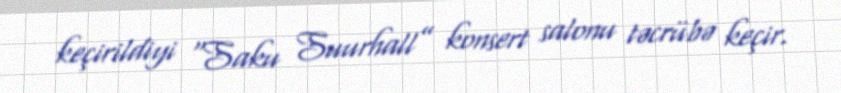
keçirildiyi “Saku Suurhall” konsert salonu təcrübə keçir.